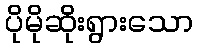
ပိုမိုဆိုးရွားသော